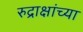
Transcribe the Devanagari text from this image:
रुद्राक्षांच्या